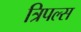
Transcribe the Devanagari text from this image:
त्रिपल्स